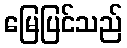
မြေပြင်သည်